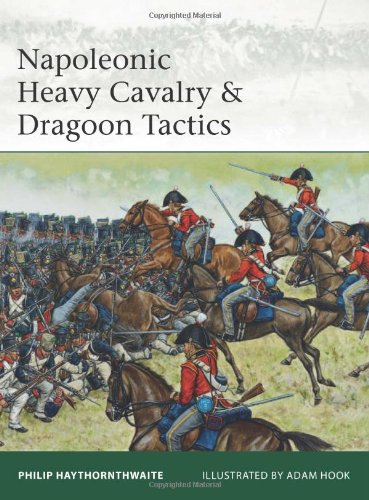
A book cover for Napoleonic Heavy Cavalry & Dragoon Tactics (Elite); Philip Haythornthwaite; History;